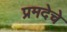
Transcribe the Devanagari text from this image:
प्रमदेचे